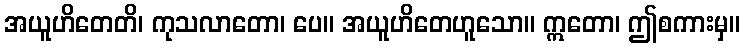
အယူဟိတေတိ၊ ကုသလာတော၊ ပေ။ အယူဟိတေဟူသော။ ဣတော၊ ဤစကားမှ။